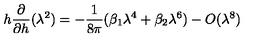
h \frac { \partial } { \partial h } ( \lambda ^ { 2 } ) = - \frac { 1 } { 8 \pi } ( \beta _ { 1 } \lambda ^ { 4 } + \beta _ { 2 } \lambda ^ { 6 } ) - O ( \lambda ^ { 8 } )